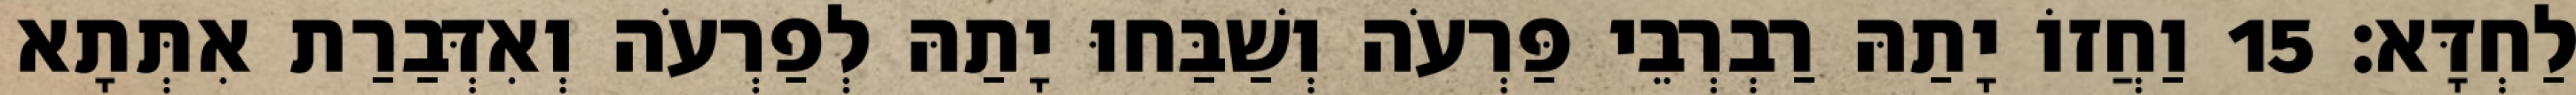
לַחְדָּא׃ 15 וַחֲזוֹ יָתַהּ רַבְרְבֵי פַּרְעֹה וְשַׁבַּחוּ יָתַהּ לְפַרְעֹה וְאִדְּבַרַת אִתְּתָא